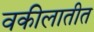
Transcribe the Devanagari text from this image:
वकीलातीत